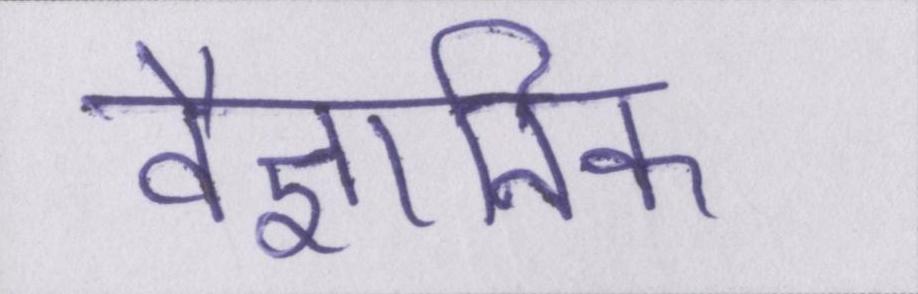
वैज्ञानिक